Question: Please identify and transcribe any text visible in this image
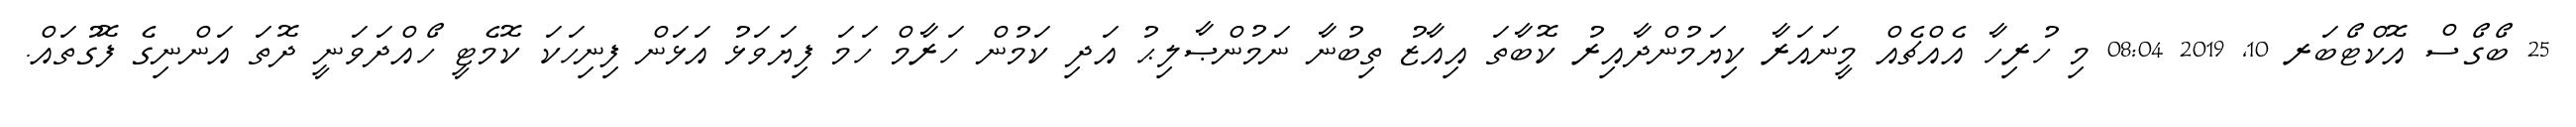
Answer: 25 ބޯގޯސް އޮކްޓޯބަރ 10, 2019 08:04 މި ހުރިހާ އެއްޗެއް މީނައަރާ ކިޔަމުންދާއިރު ކޮބާތަ އިއާޒު ތިބުނާ ނަމުންޞާލިޙު އަދި ކަމުން ހަރާމް ހަމަ ފިޔަވަޅު އަޅަން ފިނިހަކަ ކޮމެޓީ ހޯއްދަވަނީ ދޮތަ އަންނިގެ ފޮގުތައް.